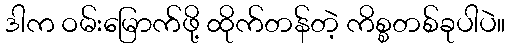
ဒါက ဝမ်းမြောက်ဖို့ ထိုက်တန်တဲ့ ကိစ္စတစ်ခုပါပဲ။